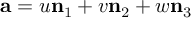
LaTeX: \mathbf { a } = u \mathbf { n } _ { 1 } + v \mathbf { n } _ { 2 } + w \mathbf { n } _ { 3 }